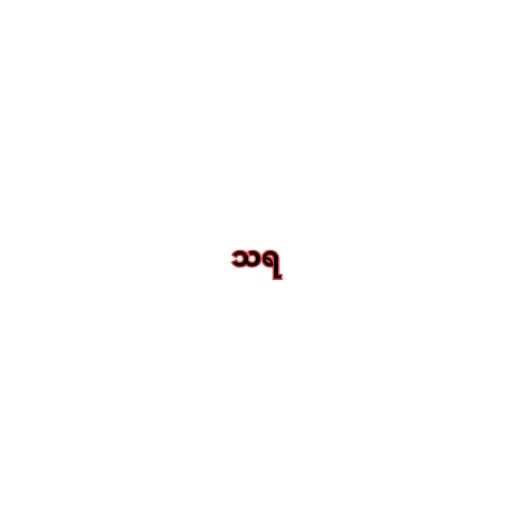
သရ